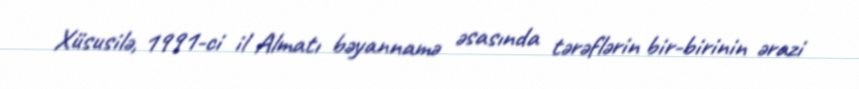
Xüsusilə, 1991-ci il Almatı bəyannamə əsasında tərəflərin bir-birinin ərazi